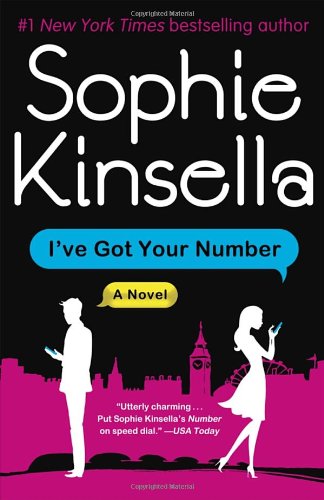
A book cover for I've Got Your Number: A Novel; Sophie Kinsella; Romance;